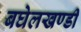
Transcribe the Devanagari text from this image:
बघेलखण्डी